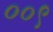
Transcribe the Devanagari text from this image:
००९